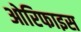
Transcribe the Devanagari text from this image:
ओरिफाइस